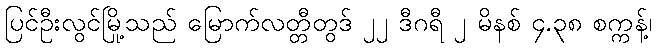
ပြင်ဦးလွင်မြို့သည် မြောက်လတ္တီတွဒ် ၂၂ ဒီဂရီ ၂ မိနစ် ၄.၃၈ စက္ကန့်၊